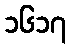
၁၆၁၇